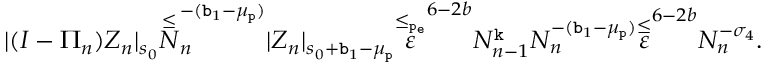
\begin{array} { r } { | ( I - \Pi _ { n } ) Z _ { n } | _ { s _ { 0 } } \overset \le N _ { n } ^ { - ( \mathtt { b } _ { 1 } - \mu _ { \mathtt { p } } ) } | Z _ { n } | _ { s _ { 0 } + \mathtt { b } _ { 1 } - \mu _ { \mathtt { p } } } \overset { \le _ { \mathtt { p _ { e } } } } \varepsilon ^ { 6 - 2 b } N _ { n - 1 } ^ { \mathtt { k } } N _ { n } ^ { - ( \mathtt { b } _ { 1 } - \mu _ { \mathtt { p } } ) } \overset \le \varepsilon ^ { 6 - 2 b } N _ { n } ^ { - \sigma _ { 4 } } . } \end{array}